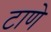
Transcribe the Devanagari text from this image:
टाणे